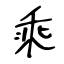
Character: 乘